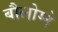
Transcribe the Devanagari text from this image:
बौलोग्ने